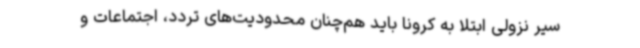
سیر نزولی ابتلا به کرونا باید هم‌چنان محدودیت‌های تردد، اجتماعات و